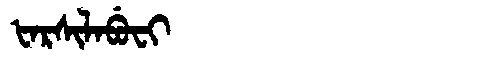
Manchu: ᡶᠠᡵᠰᡳᠯᠠᠪᡠᠸᡳ
Romanization: FARSILABUFI